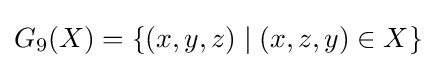
G_{9}(X)=\{(x,y,z)\mid (x,z,y)\in X\}